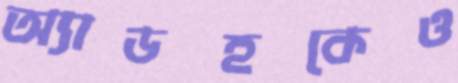
অ্যাডহকেও